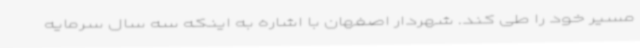
مسیر خود را طی کند. شهردار اصفهان با اشاره به اینکه سه سال سرمایه